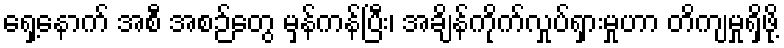
ရှေ့နောက် အစီ အစဉ်တွေ မှန်ကန်ပြီး၊ အချိန်ကိုက်လှုပ်ရှားမှုဟာ တိကျမှုရှိဖို့